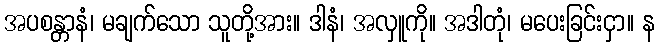
အပစန္တာနံ၊ မချက်သော သူတို့အား။ ဒါနံ၊ အလှူကို။ အဒါတုံ၊ မပေးခြင်းငှာ။ န